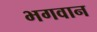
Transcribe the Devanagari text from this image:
भ्‍ागवान